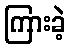
ကြားခဲ့